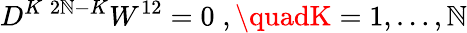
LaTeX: D^{K\; 2\mathbb{N}-K}W^{12}=0\; ,\quadK=1,\ldots,\mathbb{N}